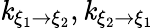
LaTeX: \mathit{k}_{\xi_{1}\rightarrow\xi_{2}},\mathit{k}_{\xi_{2}\rightarrow\xi_{1}}